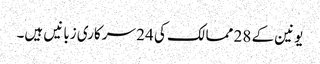
یونین کے 28 ممالک کی 24 سرکاری زبانیں ہیں۔